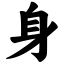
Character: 身